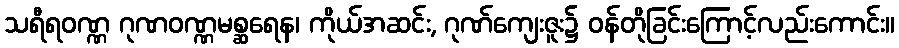
သရီရဝဏ္ဏ ဂုဏဝဏ္ဏမစ္ဆရေန၊ ကိုယ်အဆင်း, ဂုဏ်ကျေးဇူး၌ ဝန်တိုခြင်းကြောင့်လည်းကောင်း။